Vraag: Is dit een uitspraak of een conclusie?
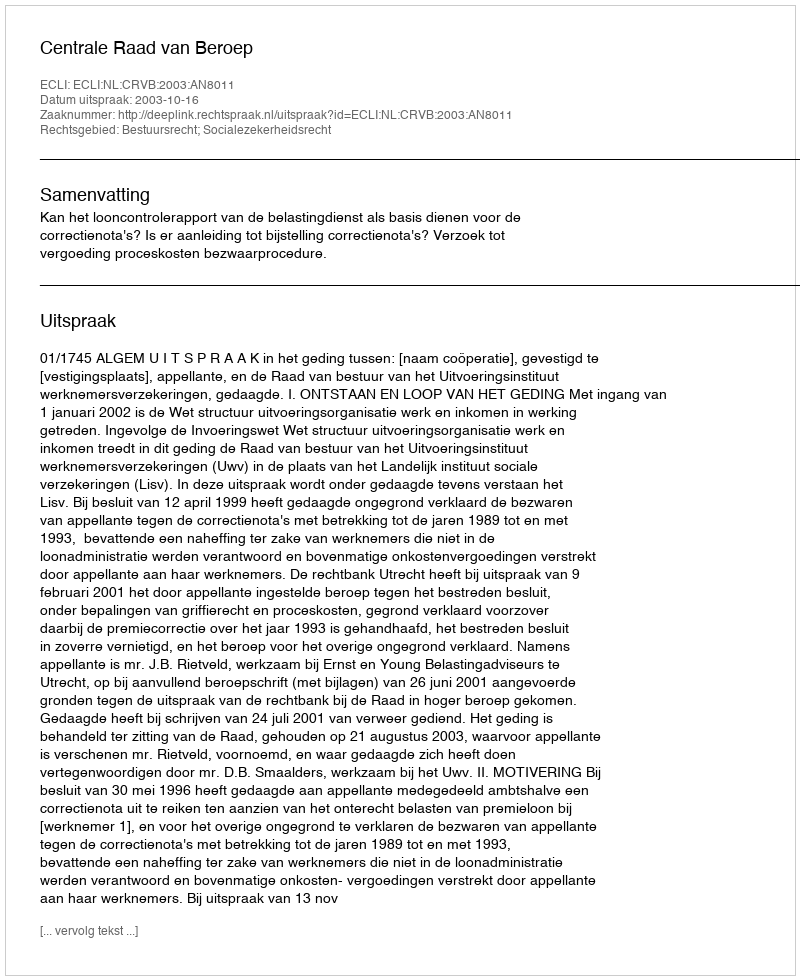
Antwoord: Uitspraak